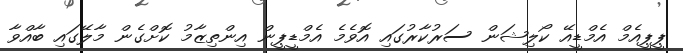
ޕީޕީއެމް އެމްޑީއޭ ކޯލިޝަން ސަރުކާރުގައި އޮވެމެ އެމްޑީޕީން އިންތިޒާމު ކޮށްގެން މާލޭގައި ބާއްވާ